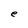
Character: e